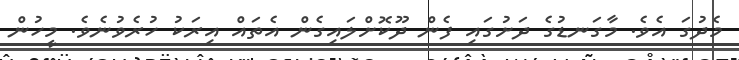
މެދުގަ އެވެ. މާގަނޑުގެ ދަށުގައި ފެން ދޫކޮށްލައިގެން އެތައް އިރަކު ހުރެވުނެވެ. މީހުން